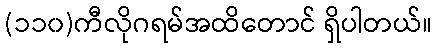
(၁၁၀)ကီလိုဂရမ်အထိတောင် ရှိပါတယ်။